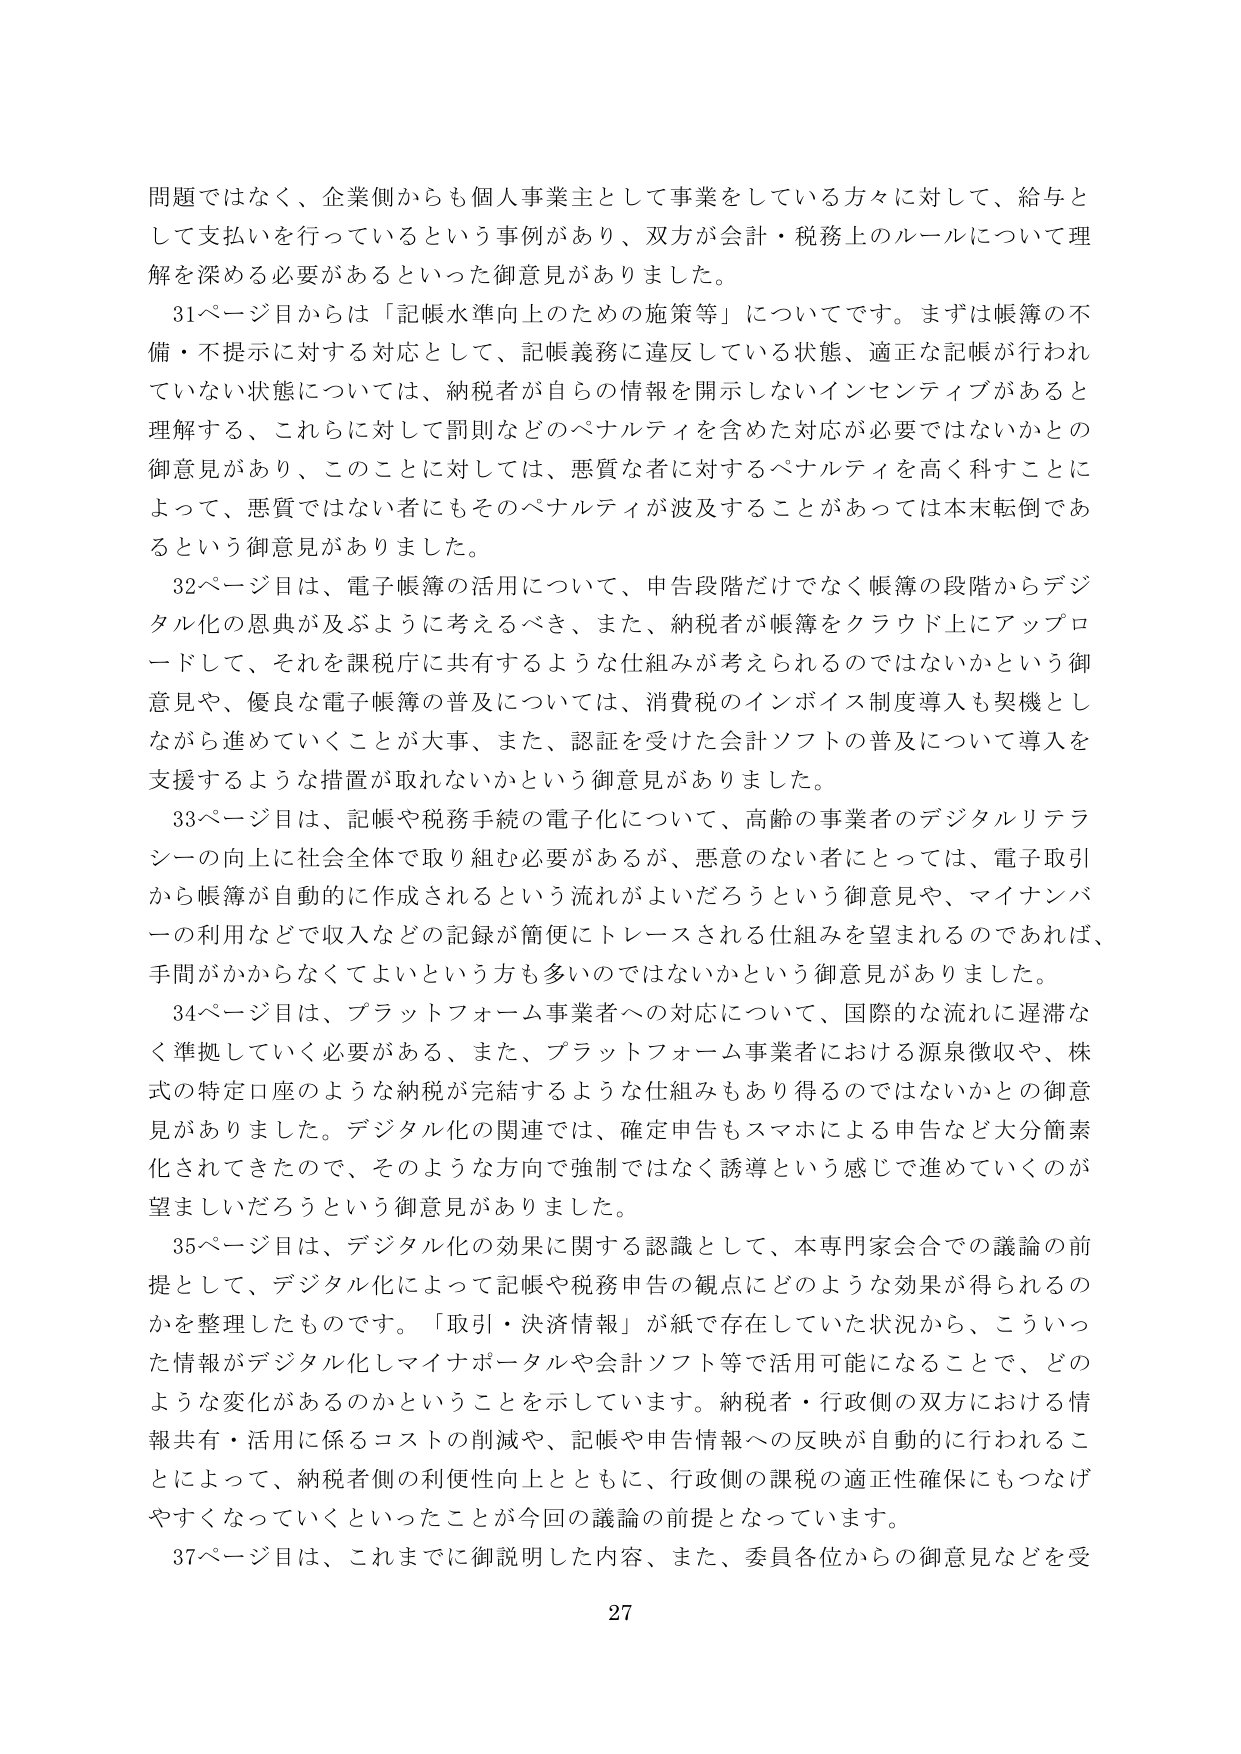
問題ではなく、企業側からも個人事業主として事業をしている方々に対して、給与として支払いを行っているという事例があり、双方が会計・税務上のルールについて理解を深める必要があるといった御意見がありました。

31ページ目からは「記帳水準向上のための施策等」についてです。まずは帳簿の不備・不提示に対する対応として、記帳義務に違反している状態、適正な記帳が行われていない状態については、納税者が自らの情報を開示しないインセンティブがあると理解する、これらに対して罰則などのペナルティを含めた対応が必要ではないかとの御意見があり、このことに対しては、悪質な者に対するペナルティを高く科すことによって、悪質ではない者にもそのペナルティが波及することがあっては本末転倒であるという御意見がありました。

32ページ目は、電子帳簿の活用について、申告段階だけでなく帳簿の段階からデジタル化の恩典が及ぶように考えるべき、また、納税者が帳簿をクラウド上にアップロードして、それを課税庁に共有するような仕組みが考えられるのではないかという御意見や、優良な電子帳簿の普及については、消費税のインボイス制度導入も契機としながら進めていくことが大事、また、認証を受けた会計ソフトの普及について導入を支援するような措置が取れないかという御意見がありました。

33ページ目は、記帳や税務手続の電子化について、高齢の事業者のデジタルリテラシーの向上に社会全体で取り組む必要があるが、悪意のない者にとっては、電子取引から帳簿が自動的に作成されるという流れがよいだろうという御意見や、マイナンバーの利用などで収入などの記録が簡便にトレースされる仕組みを望まれるのであれば、手間がかからなくてよいという方も多くのではないかという御意見がありました。

34ページ目は、プラットフォーム事業者への対応について、国際的な流れに遅滞なく準拠していく必要がある、また、プラットフォーム事業者における源泉徴収や、株式の特定口座のような納税が完結するような仕組みもあり得るのではないかとの御意見がありました。デジタル化の関連では、確定申告もスマホによる申告など大分簡素化されてきたので、そのような方向で強制ではなく誘導という感じで進めていくのが望ましいだろうという御意見がありました。

35ページ目は、デジタル化の効果に関する認識として、本専門家会合での議論の前提として、デジタル化によって記帳や税務申告の観点にどのような効果が得られるのかを整理したものです。「取引・決済情報」が紙で存在していた状況から、こういった情報がデジタル化しマイナポータルや会計ソフト等で活用可能になることで、どのような変化があるのかということを示しています。納税者・行政側の双方における情報共有・活用に係るコストの削減や、記帳や申告情報への反映が自動的に行われることによって、納税者側の利便性向上とともに、行政側の課税の適正性確保にもつなげやすくなっていくといったことが今回の議論の前提となっています。

37ページ目は、これまでに御説明した内容、また、委員各位からの御意見などを受

27